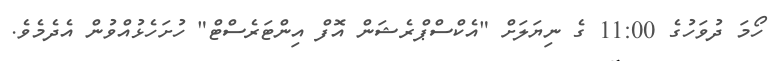
ހޯމަ ދުވަހުގެ 11:00 ގެ ނިޔަލަށް "އެކްސްޕްރެޝަން އޮފް އިންޓަރެސްޓް" ހުށަހެޅުއްވުން އެދެމެވެ.